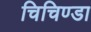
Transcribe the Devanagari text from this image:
चिचिण्डा